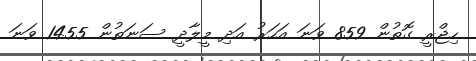
ހިޖްރީ ގޮތުން 859 ވަނަ އަހަރު އަދި މީލާދީ ސަނަތުން 1455 ވަނަ